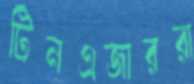
টিনএজাররা